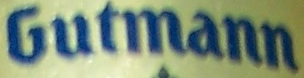
Gutmann